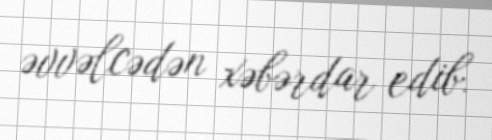
əvvəlcədən xəbərdar edib.